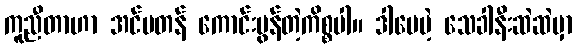
ကူညီတာဟာ အင်မတန် ကောင်းမွန်တဲ့ကိစ္စပါ။ ဒါပေမဲ့ သေခါနီးဆဲဆဲမှာ